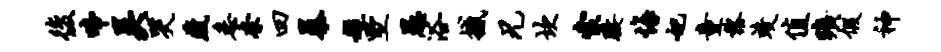
后啼吴哭藏悉奈四暴题墅愚浴撼兄坎索腰悔妃童黎竣值旷假神